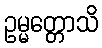
ဥမ္မတ္တောသိ